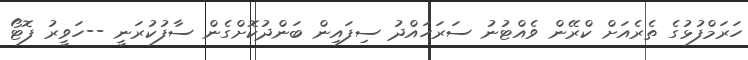
ހަރަމްފުޅުގެ ތެރެއަށް ކްރޭން ވެއްޓުނު ސަރަހައްދު ސިފައިން ބަންދުކޮށްގެން ސާފުކުރަނީ --ހަވީރު ފޮޓޯ